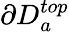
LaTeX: \partial D_{a}^{top}